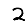
Digit: 2